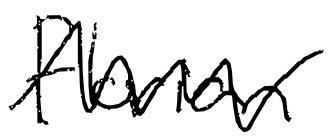
Text: Florian
Cross-out: zig-zag
Writing tool: digital_black